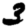
Digit: 3